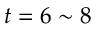
t = 6 \sim 8